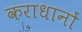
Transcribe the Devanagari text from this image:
कराधानों